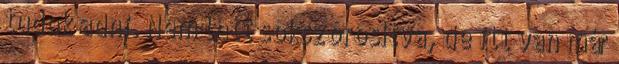
tudok adni. Nem lett sokszorosítva, de itt van már